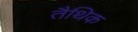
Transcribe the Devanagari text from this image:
तैथिक